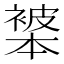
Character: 𬡩